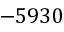
- 5 9 3 0